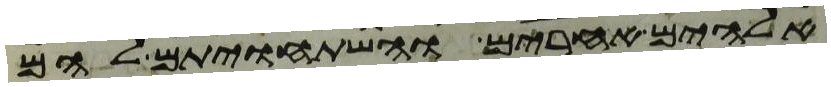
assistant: אלהים אחרים והשתחויתם להם